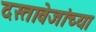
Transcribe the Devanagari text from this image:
दस्तावेजांच्या